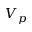
V _ { p }